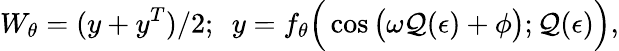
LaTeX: W_{\theta}=(y+y^{T})/2;~~y=f_{\theta}\Big(\cos\big(\omega\mathcal{Q}(\epsilon)+\phi\big);\mathcal{Q}(\epsilon)\Big),